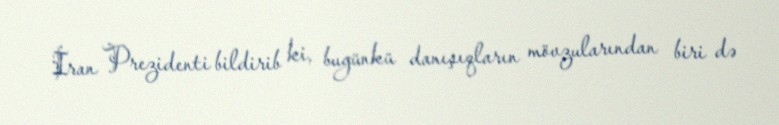
İran Prezidenti bildirib ki, bugünkü danışıqların mövzularından biri də